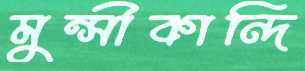
মুন্সীকান্দি